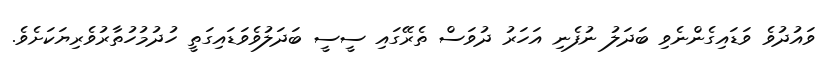
ވައުދުވެ ވަޑައިގެންނެވި ބަދަލު ނުފެނި އަހަރު ދުވަސް ތެރޭގައި ސީސީ ބަދަލުވެވަޑައިގަތީ ހުދުމުހުތާރުވެރިޔަކަށެވެ.